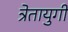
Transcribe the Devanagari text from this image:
त्रेतायुगी